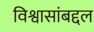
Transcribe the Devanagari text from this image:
विश्वासांबद्दल